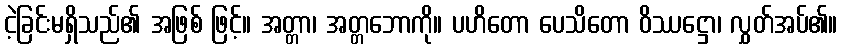
ငဲ့ခြင်းမရှိသည်၏ အဖြစ် ဖြင့်။ အတ္တာ၊ အတ္တဘောကို။ ပဟိတော ပေသိတော ဝိဿဋ္ဌော၊ လွှတ်အပ်၏။